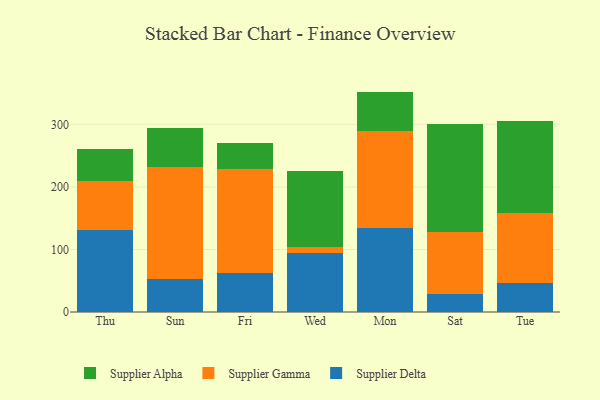
{"axis": {"x": "Day", "y": "Market Share (%)"}, "legend": ["Supplier Alpha", "Supplier Delta", "Supplier Gamma"], "data": [{"x": "Thu", "y": 131.7, "type": "Supplier Delta"}, {"x": "Thu", "y": 77.1, "type": "Supplier Gamma"}, {"x": "Thu", "y": 51.8, "type": "Supplier Alpha"}, {"x": "Sun", "y": 52.1, "type": "Supplier Delta"}, {"x": "Sun", "y": 179.4, "type": "Supplier Gamma"}, {"x": "Sun", "y": 63.2, "type": "Supplier Alpha"}, {"x": "Fri", "y": 61.9, "type": "Supplier Delta"}, {"x": "Fri", "y": 166.4, "type": "Supplier Gamma"}, {"x": "Fri", "y": 41.9, "type": "Supplier Alpha"}, {"x": "Wed", "y": 93.9, "type": "Supplier Delta"}, {"x": "Wed", "y": 9.4, "type": "Supplier Gamma"}, {"x": "Wed", "y": 122.3, "type": "Supplier Alpha"}, {"x": "Mon", "y": 134.7, "type": "Supplier Delta"}, {"x": "Mon", "y": 155.4, "type": "Supplier Gamma"}, {"x": "Mon", "y": 62.3, "type": "Supplier Alpha"}, {"x": "Sat", "y": 28.3, "type": "Supplier Delta"}, {"x": "Sat", "y": 100.2, "type": "Supplier Gamma"}, {"x": "Sat", "y": 172.8, "type": "Supplier Alpha"}, {"x": "Tue", "y": 46.4, "type": "Supplier Delta"}, {"x": "Tue", "y": 111.8, "type": "Supplier Gamma"}, {"x": "Tue", "y": 147.2, "type": "Supplier Alpha"}]}